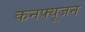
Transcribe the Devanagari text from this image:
कनफ्यूजन